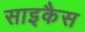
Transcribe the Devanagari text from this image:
साइकैस